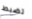
تضبط